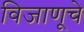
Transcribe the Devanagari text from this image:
विजाणूचे